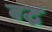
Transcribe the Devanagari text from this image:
बद्धं